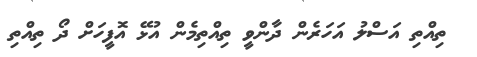
ތިއްތި އަސްލު އަހަރެން ދާންވީ ތިއްތިމެން އުޅޭ އޮފީހަށް ދޯ ތިއްތި